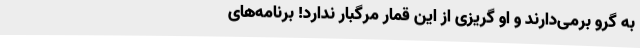
به گرو برمی‌دارند و او گریزی از این قمار مرگبار ندارد! برنامه‌های